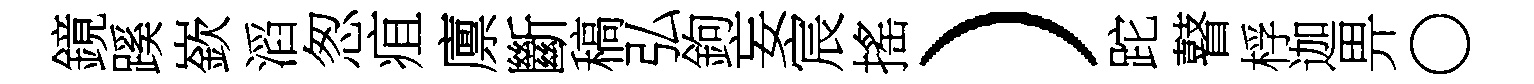
鏡蹊嶔滔怱疽廪斷稿弘鉤妄宸搖）跎瞽桴迦畀〇